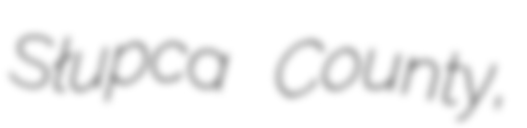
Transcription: Słupca County,